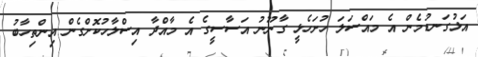
އަޅުގަނޑުމެން އެ މައްސަލަ ހުށަހެޅީ ގާނޫނު އަސާސީގެ އެ މާއްދާ އިސްލާހުކޮށްގެން އިންތިހާބު